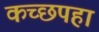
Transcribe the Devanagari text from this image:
कच्छपहा